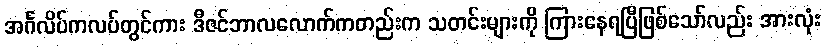
အင်္ဂလိပ်ကလပ်တွင်ကား ဒီဇင်ဘာလလောက်ကတည်းက သတင်းများကို ကြားနေရပြီဖြစ်သော်လည်း အားလုံး